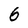
Character: 6